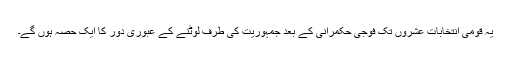
یہ قومی انتخابات عشروں تک فوجی حکمرانی کے بعد جمہوریت کی طرف لوٹنے کے عبوری دور کا ایک حصہ ہوں گے۔